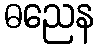
ဓညေန